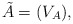
\begin{align*} \tilde{A} = (V_A), \end{align*}